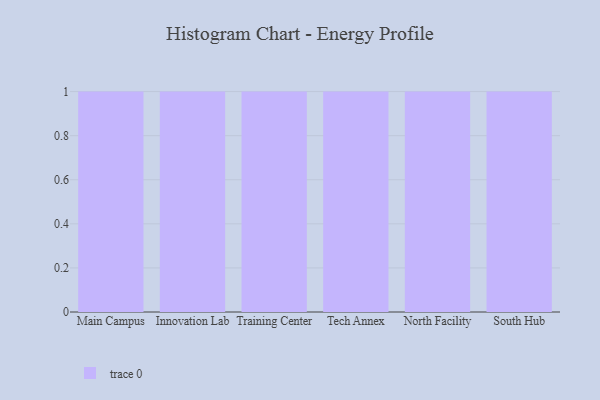
{"axis": {"x": "Campus", "y": "Revenue (USD Million)"}, "legend": [""], "data": [{"x": "Main Campus", "y": 97, "type": ""}, {"x": "Innovation Lab", "y": 32, "type": ""}, {"x": "Training Center", "y": 53, "type": ""}, {"x": "Tech Annex", "y": 63, "type": ""}, {"x": "North Facility", "y": 80, "type": ""}, {"x": "South Hub", "y": 43, "type": ""}]}